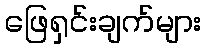
ဖြေရှင်းချက်များ